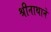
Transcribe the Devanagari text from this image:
श्रीनाथाने